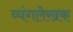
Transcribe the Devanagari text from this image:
व्यंगलेखक